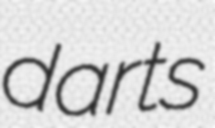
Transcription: darts